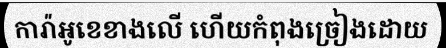
ការ៉ាអូខេខាងលើ ហើយកំពុងច្រៀងដោយ